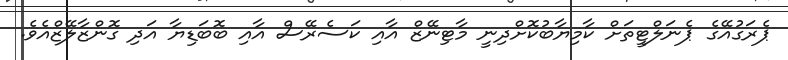
ޕެރަގުއޭގެ ޕެނަލްޓީތަށް ކާމިޔާބުކޮށްދިނީ މާޓިނޭޒް އާއި ކަސެރޭސް އާއި ބޮބަޑިޔާ އަދި ގޮންޒާލޭޒްއެވެ.